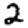
Digit: 2